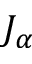
J _ { \alpha }